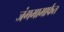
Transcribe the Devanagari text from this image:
जंगमामार्फत